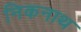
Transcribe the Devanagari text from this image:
निकनाथ